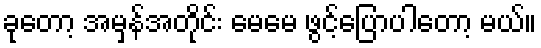
ခုတော့ အမှန်အတိုင်း မေမေ ဖွင့်ပြောပါတော့ မယ်။